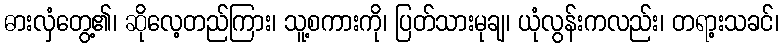
ဓားလှံတွေ့၏၊ ဆိုလေ့တည်ကြား၊ သူ့စကားကို၊ ပြတ်သားမုချ၊ ယုံလွန်းကလည်း၊ တရာ့းသခင်၊